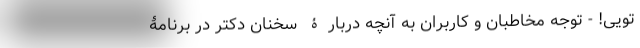
تویی! - توجه مخاطبان و کاربران به آنچه دربارۀ سخنان دکتر در برنامۀ